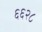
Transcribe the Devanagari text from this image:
६६२८